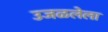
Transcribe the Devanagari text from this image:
उजळलेला